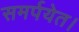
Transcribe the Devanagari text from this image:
समर्पयेत।